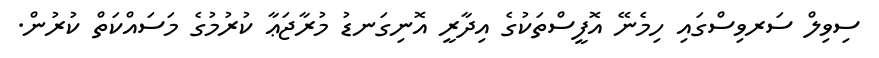
ސިވިލް ސަރވިސްގައި ހިމެނޭ އޮފީސްތަކުގެ އިދާރީ އޮނިގަނޑު މުރާޖަޢާ ކުރުމުގެ މަސައްކަތް ކުރުން.